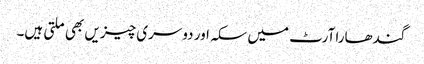
گندھارا آرٹ میں سکہ اور دوسری چیزیں بھی ملتی ہیں۔